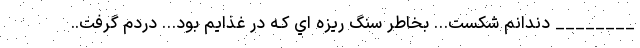
________ دندانم شکست… بخاطر سنگ ریزه اي کـه در غذایم بود… دردم گرفت..